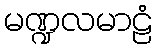
မဏ္ဍလမာဠံ